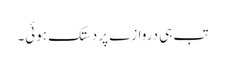
تب ہی دروازے پر دستک ہوئی۔